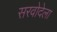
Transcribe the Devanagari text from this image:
सरवोदेला